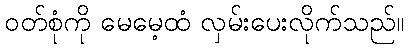
ဝတ်စုံကို မေမေ့ထံ လှမ်းပေးလိုက်သည်။